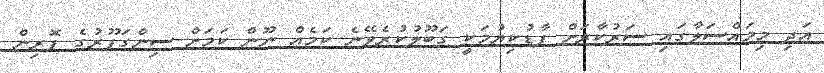
އަދި މިމައްސަލާގައި ސަރުކާރަށް ފާޑުކިޔުމަކީ ގަބޫލުކުރެވޭނެ ކަމެއް ނޫން ކަމަށް ސިންގަޕޫރުގެ ފޮރިން